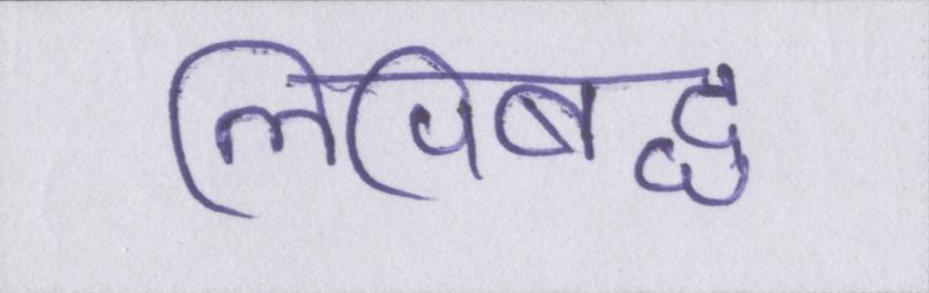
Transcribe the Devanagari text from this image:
लिपिबद्ध